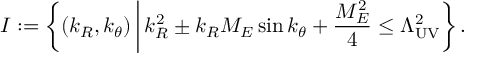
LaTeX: I : = \left\{ ( k _ { R } , k _ { \theta } ) \, \bigg | \, k _ { R } ^ { 2 } \pm k _ { R } M _ { E } \sin k _ { \theta } + \frac { M _ { E } ^ { 2 } } { 4 } \le \Lambda _ { \mathrm { U V } } ^ { 2 } \right\} .